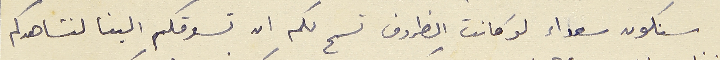
سنكون سعداء لوكانت الظروف تسمح لكم ان تسوقكم الينا لنشاهدكم